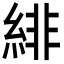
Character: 緋